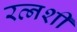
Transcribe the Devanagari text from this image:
रत्नशी